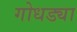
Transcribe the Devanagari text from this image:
गोधड्या